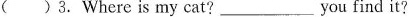
( )3.Where is my cat?___you find it?